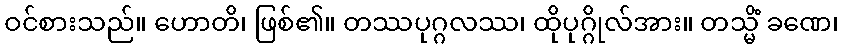
ဝင်စားသည်။ ဟောတိ၊ ဖြစ်၏။ တဿပုဂ္ဂလဿ၊ ထိုပုဂ္ဂိုလ်အား။ တသ္မိံ ခဏေ၊